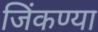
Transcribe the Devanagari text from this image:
जिंकण्या